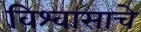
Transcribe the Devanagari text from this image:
विश्वासाचे